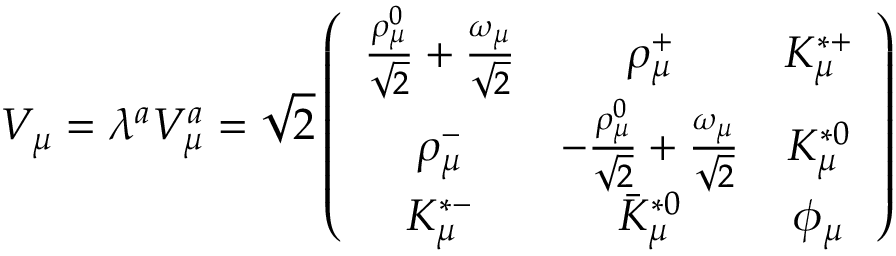
V _ { \mu } = \lambda ^ { a } V _ { \mu } ^ { a } = \sqrt { 2 } \left( \begin{array} { c c c } { { \frac { \rho _ { \mu } ^ { 0 } } { \sqrt { 2 } } + \frac { \omega _ { \mu } } { \sqrt { 2 } } } } & { { \rho _ { \mu } ^ { + } } } & { { K _ { \mu } ^ { * + } } } \\ { { \rho _ { \mu } ^ { - } } } & { { - \frac { \rho _ { \mu } ^ { 0 } } { \sqrt { 2 } } + \frac { \omega _ { \mu } } { \sqrt { 2 } } } } & { { K _ { \mu } ^ { * 0 } } } \\ { { K _ { \mu } ^ { * - } } } & { { \bar { K } _ { \mu } ^ { * 0 } } } & { { \phi _ { \mu } } } \end{array} \right)